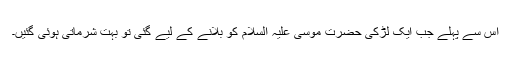
اس سے پہلے جب ایک لڑکی حضرت موسیٰ علیہ السلام کو بلانے کے لیے گئی تو بہت شرماتی ہوئی گئیں۔